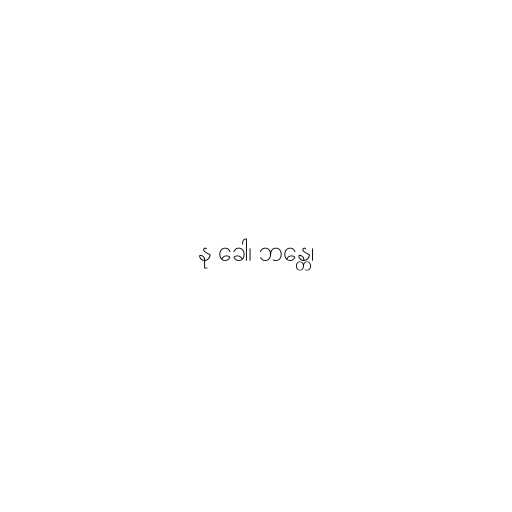
နု ခေါ၊ ဘန္တေ၊